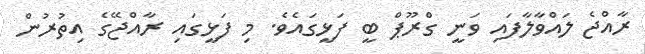
ރާއްޖެ ލައްވާލާފައި ވަނީ ގްރޫޕް ބީ ފަޅީގައެވެ. މި ފަޅީގައި ރާއްޖޭގެ އިތުރުން